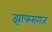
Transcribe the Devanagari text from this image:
झाफरागंज